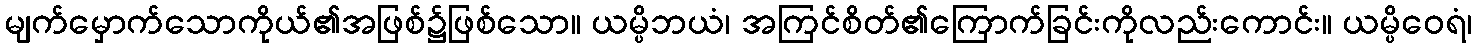
မျက်မှောက်သောကိုယ်၏အဖြစ်၌ဖြစ်သော။ ယမ္ပိဘယံ၊ အကြင်စိတ်၏ကြောက်ခြင်းကိုလည်းကောင်း။ ယမ္ပိဝေရံ၊